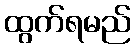
ထွက်ရမည်